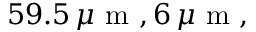
5 9 . 5 \, \mu \mathrm { ~ m ~ } , 6 \, \mu \mathrm { ~ m ~ } ,